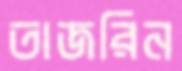
তাজরিন